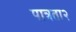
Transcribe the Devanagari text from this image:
पात्रता२